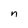
Character: n